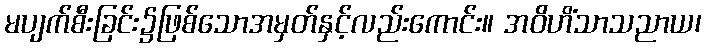
မပျက်စီးခြင်း၌ဖြစ်သောအမှတ်နှင့်လည်းကောင်း။ အဝိဟိံသာသညာယ၊